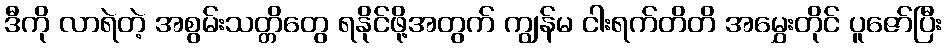
ဒီကို လာရဲတဲ့ အစွမ်းသတ္တိတွေ ရနိုင်ဖို့အတွက် ကျွန်မ ငါးရက်တိတိ အမွှေးတိုင် ပူဇော်ပြီး